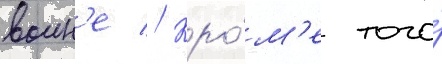
воин'е // Кро́м'е того́